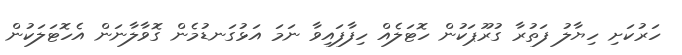
ހަރުކަށި ހިޔާލު ފަތުރާ ގުރޫޕަކުން ހޮޓަލެއް ހިފާފައިވާ ނަމަ އަޅުގަނޑުމެން ގޮވާލާނަން އެހޮޓަލަކުން